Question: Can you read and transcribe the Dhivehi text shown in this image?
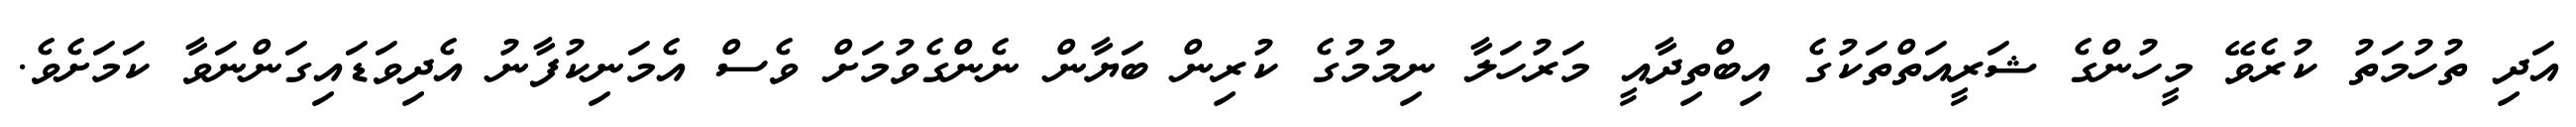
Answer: އަދި ތުހުމަތު ކުރެވޭ މީހުންގެ ޝަރީއަތްތަކުގެ އިބްތިދާއީ މަރުހަލާ ނިމުމުގެ ކުރިން ބަޔާން ނެންގެވުމަށް ވެސް އެމަނިކުފާނު އެދިވަޑައިގަންނަވާ ކަމަށެވެ.